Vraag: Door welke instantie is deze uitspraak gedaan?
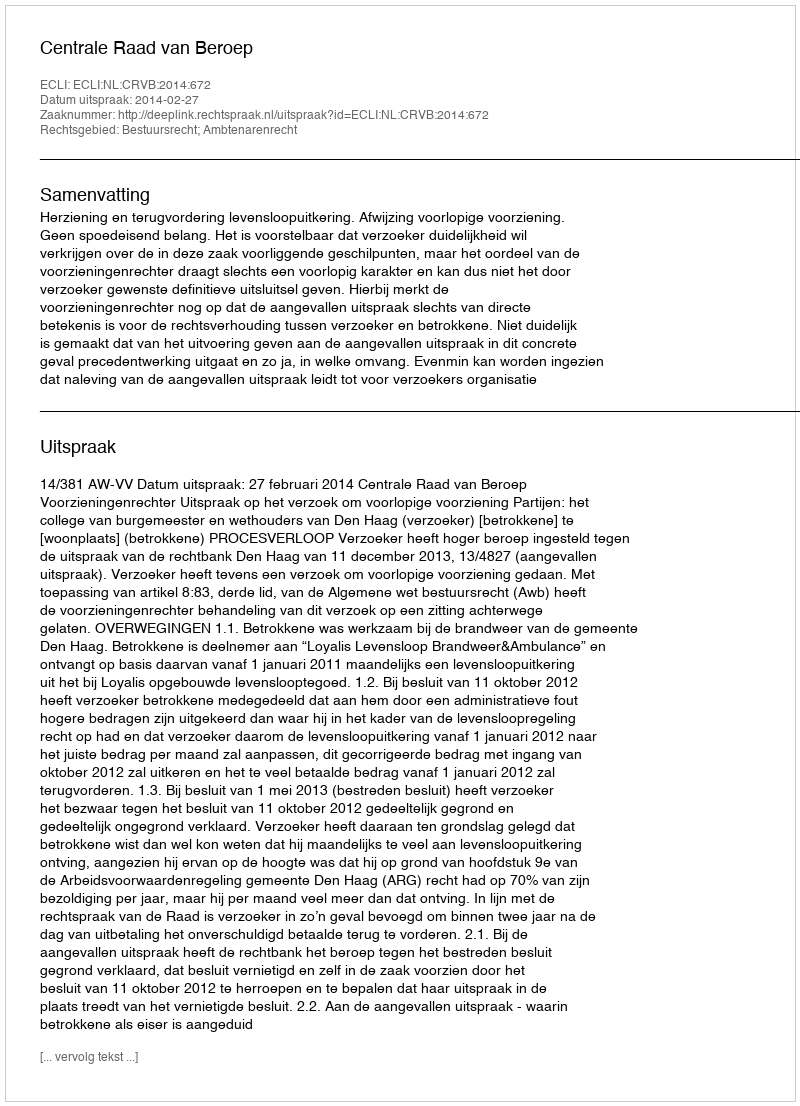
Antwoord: Centrale Raad van Beroep